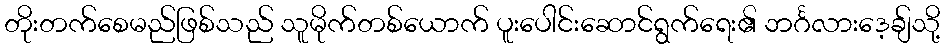
တိုးတက်စေမည်ဖြစ်သည် သူမိုက်တစ်ယောက် ပူးပေါင်းဆောင်ရွက်ရေး၏ ဘင်္ဂလားဒေ့ချ်သို့